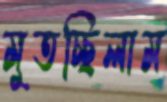
মুতচ্ছিলাম